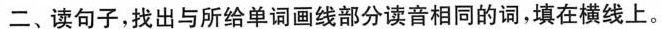
二、读句子，找出与所给单词画线部分读音相同的词，填在横线上.。